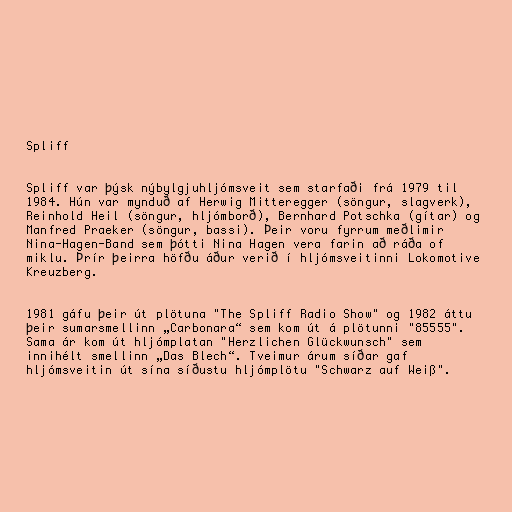
Spliff

Spliff var þýsk nýbylgjuhljómsveit sem starfaði frá 1979 til
1984. Hún var mynduð af Herwig Mitteregger (söngur, slagverk),
Reinhold Heil (söngur, hljómborð), Bernhard Potschka (gítar) og
Manfred Praeker (söngur, bassi). Þeir voru fyrrum meðlimir
Nina-Hagen-Band sem þótti Nina Hagen vera farin að ráða of
miklu. Þrír þeirra höfðu áður verið í hljómsveitinni Lokomotive
Kreuzberg.

1981 gáfu þeir út plötuna "The Spliff Radio Show" og 1982 áttu
þeir sumarsmellinn „Carbonara“ sem kom út á plötunni "85555".
Sama ár kom út hljómplatan "Herzlichen Glückwunsch" sem
innihélt smellinn „Das Blech“. Tveimur árum síðar gaf
hljómsveitin út sína síðustu hljómplötu "Schwarz auf Weiß".